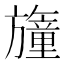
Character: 𣄢